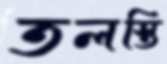
তলস্তি